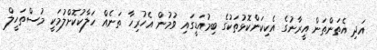
އަދި އެތަންތަން އީރާނުގެ އެކިކަންކޮޅުތަކުގެ ބިމުއަޑީގައި ވުމުން އެހުރިހާ ތަނެއް ހަލާކުކޮށްލުމަކީ މުސްތަހީލް